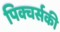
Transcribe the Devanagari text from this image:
पिक्चर्सकी